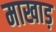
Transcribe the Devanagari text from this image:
माखाड़